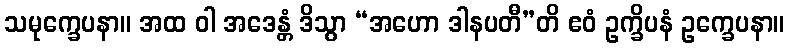
သမုက္ခေပနာ။ အထ ဝါ အဒေန္တံ ဒိသွာ “အဟော ဒါနပတီ”တိ ဧဝံ ဥက္ခိပနံ ဥက္ခေပနာ။